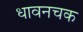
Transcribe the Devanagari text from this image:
धावनचक